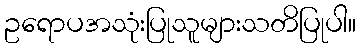
ဥရောပအသုံးပြုသူများသတိပြုပါ။